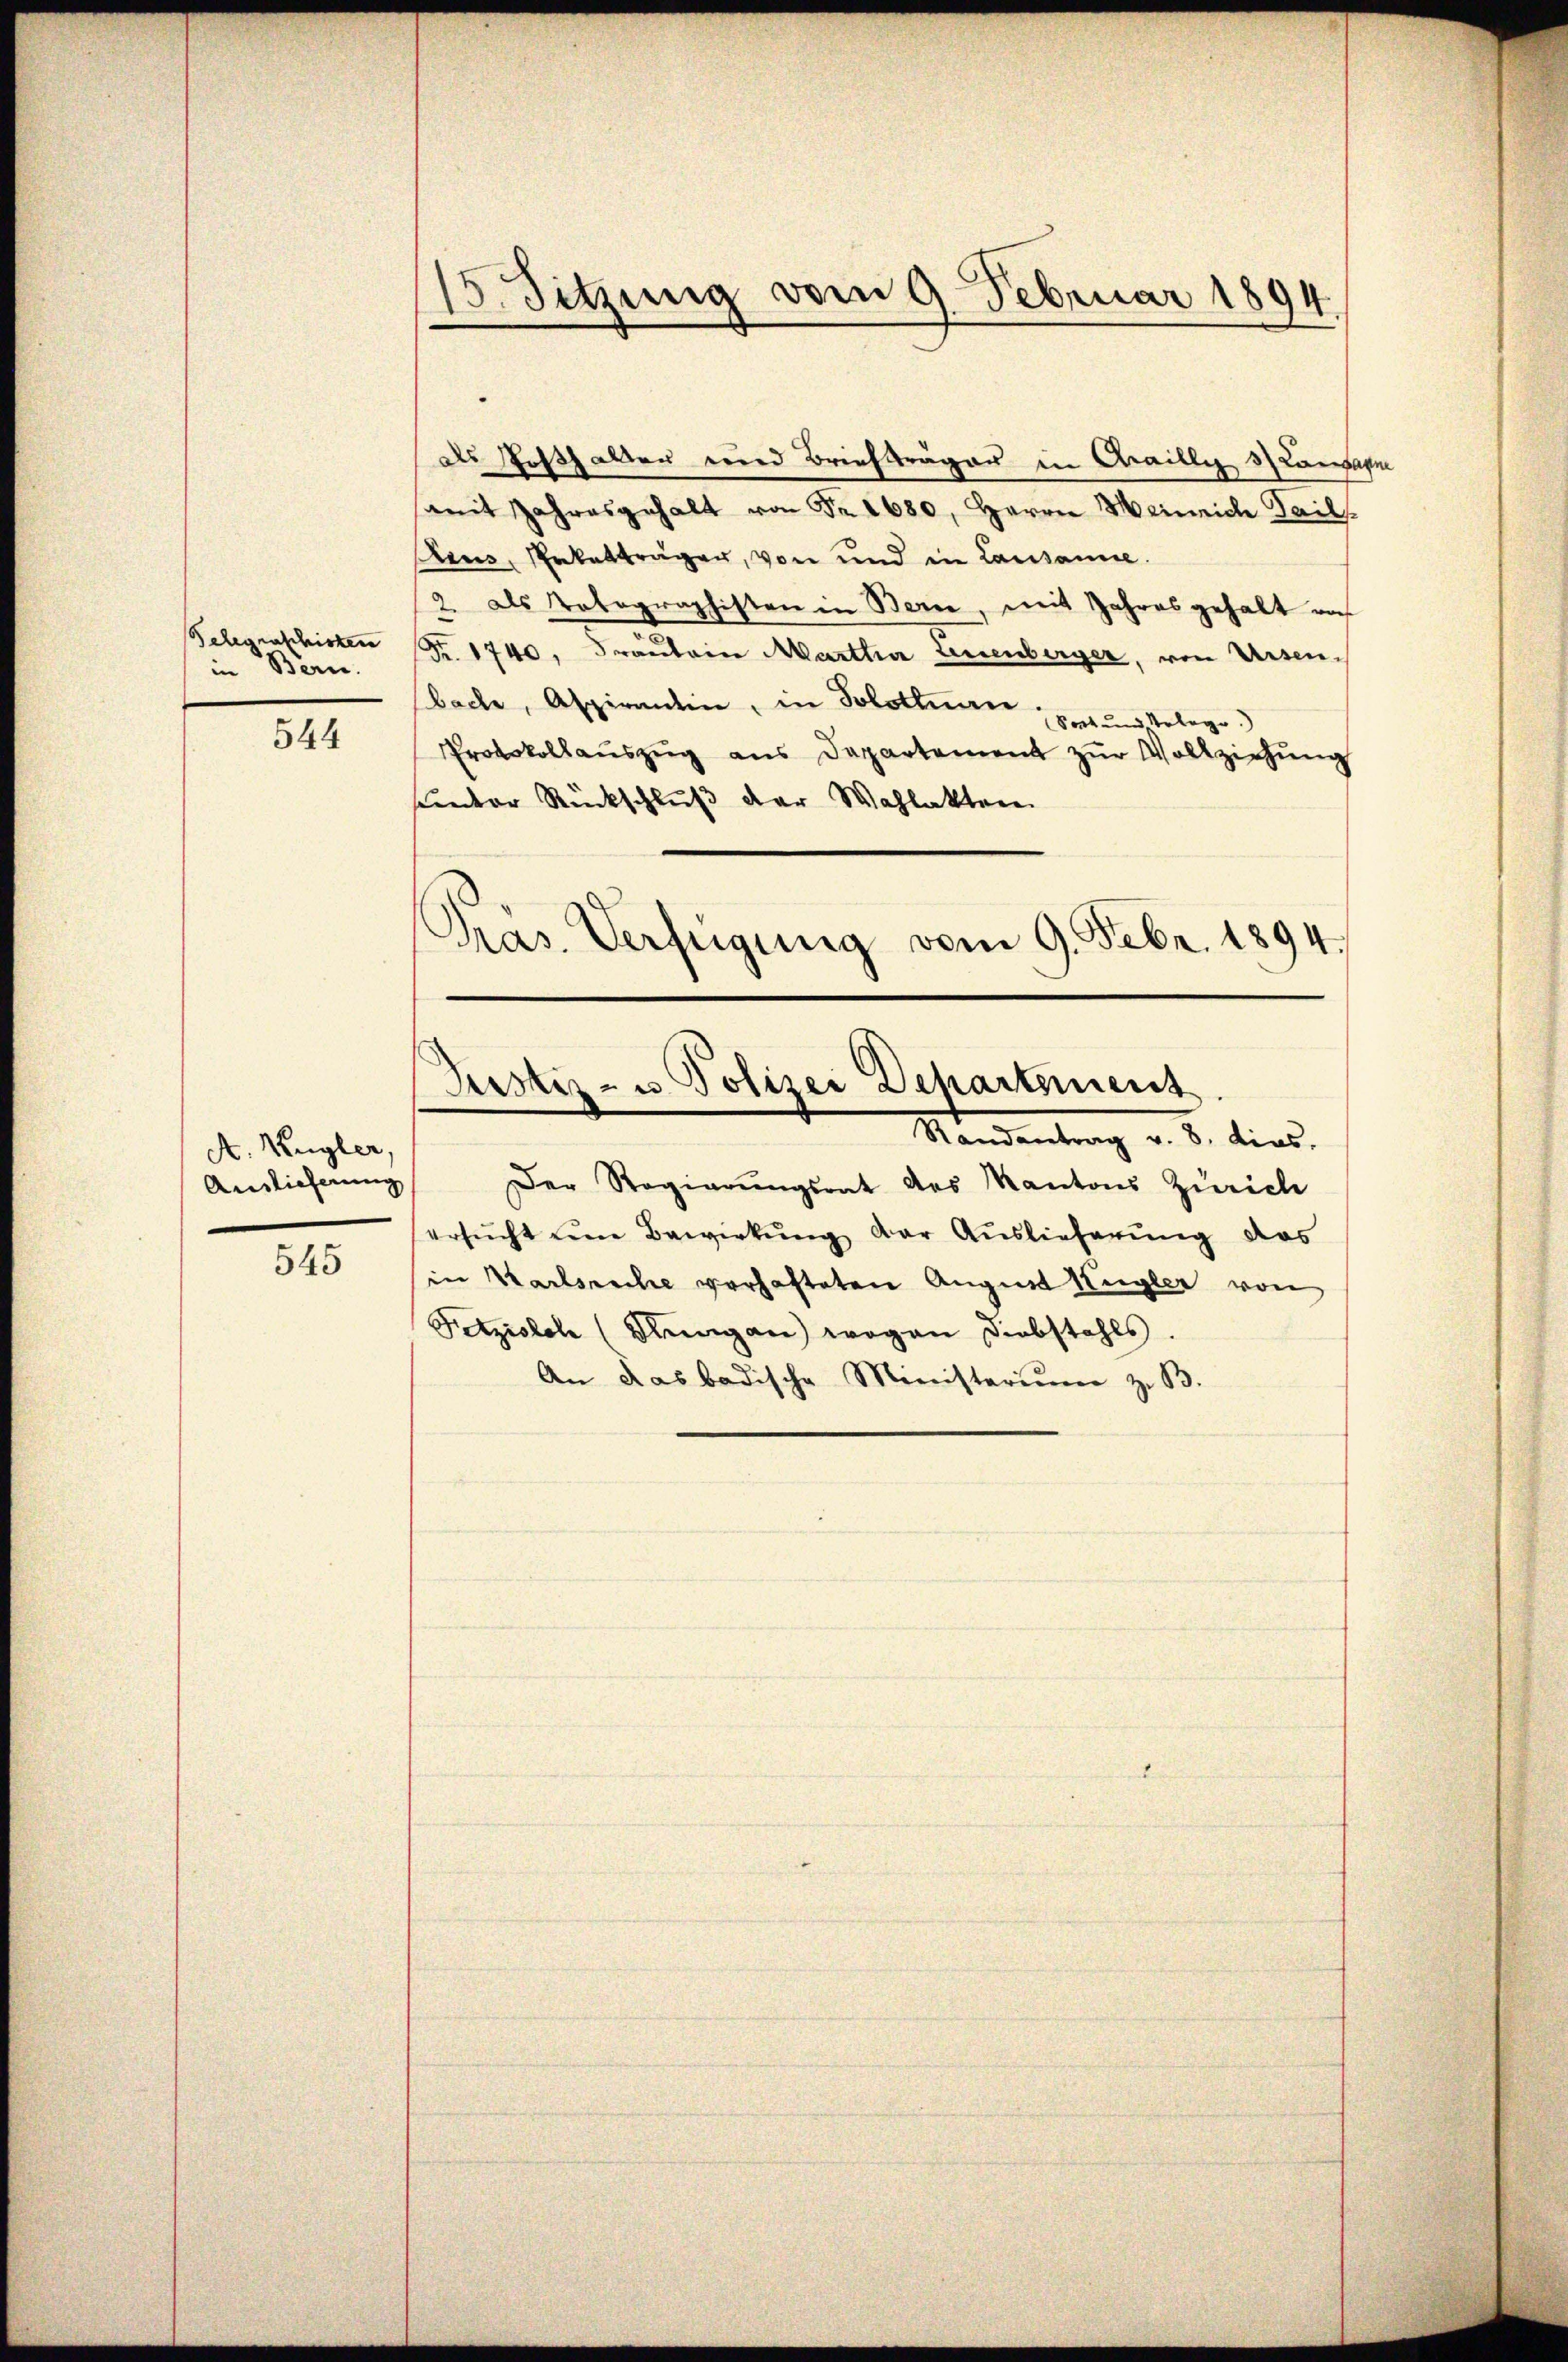
in Bern.

544

A. Kugler,
Auslieferung

545

15. Sitzung vom 9. Februar 1894

als Posthalten wird Briefträger in Craille 3 Lausanne
amit Jahresgehalt von Fr. 1680, Herrn Meinrich Pails
ius, Salattragen, von und in Lausanne.
2. als Votographisten in Bern, mit Jahres gehalt noch
Belegraschisten Fr. 1740, Frautein Martha Leuenberger, von Ursenbache, Aspirantin, in Solothurn, und Vologe
Protokollaŭszŭg ans Departement zŭr Vollziehŭng
funder Rückschluß der Wahlakten
Pras. Verfügung vom 9. Febr. 1894.

Justiz- u Polizei Departement
Mandantung v. 6. dies

Der Regierungsrat des Kantons Zürich
ersŭcht um Bewirkung der Auslieferung das
in Karlsreche verhafteten August Kugler von
Fitzisch (Dlungen) wogen Diebstahls.
An das badische Ministerium z. B.